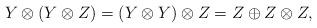
LaTeX: \begin{align*}Y\otimes(Y\otimes Z)=(Y\otimes Y)\otimes Z=Z\oplus Z\otimes Z,\end{align*}